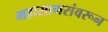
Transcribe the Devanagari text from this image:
महासागरांवरून